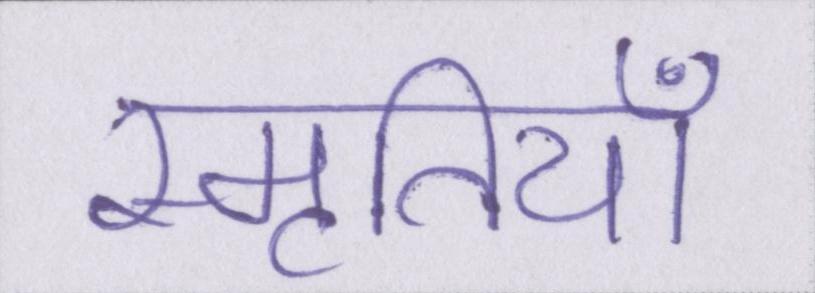
स्मृतियाँ